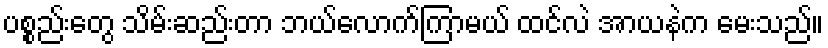
ပစ္စည်းတွေ သိမ်းဆည်းတာ ဘယ်လောက်ကြာမယ် ထင်လဲ အာယနဲက မေးသည်။